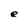
Character: e